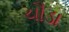
ચૌડા